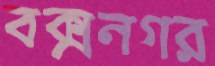
বক্সনগর